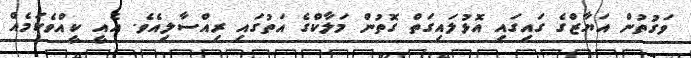
ވަގުތުން އަޔާޒްގެ ގައިގައި އޮޅުލައިގަތް ގޮތުން މަލާކްގެ އަތުގައި ރިއްސާލިއެވެ. އެއީ ކީއްވެކަމެއް